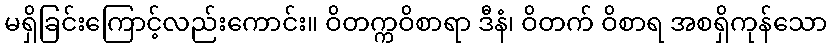
မရှိခြင်းကြောင့်လည်းကောင်း။ ဝိတက္ကဝိစာရာ ဒီနံ၊ ဝိတက် ဝိစာရ အစရှိကုန်သော